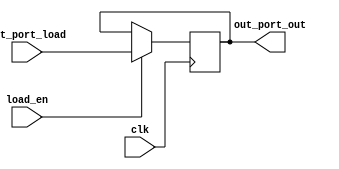
`timescale 1ns / 1ps

/*
The out port is an 8 bit register latch which is used to store data, that is to be 
displayed to the user.

*/

module out_port(out_port_load, load_en, out_port_out, clk);

  input             clk;
  input             load_en;             //output port latch enable
  input       [7:0] out_port_load;       //data to be displayed
  output reg  [7:0] out_port_out;

    
  always @(posedge clk)
    begin
      if(load_en)
        out_port_out <= out_port_load;   //latch data on to output port only is port is enabled      
        
      else
        out_port_out <= out_port_out;
    end
    
endmodule